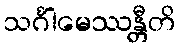
သင်္ဂါမေဿန္တီတိ